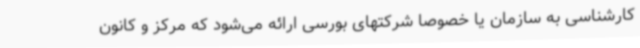
کارشناسی به سازمان یا خصوصا شرکتهای بورسی ارائه می‌شود که مرکز و کانون